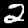
Digit: 2